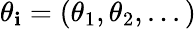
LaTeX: \theta_{\mathbf{i}}=(\theta_{1},\theta_{2},...)